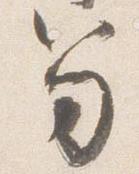
笏